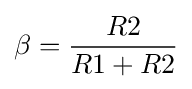
\beta ={R2 \over R1+R2}